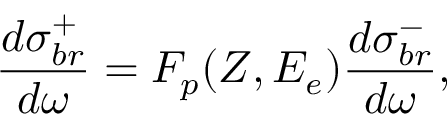
\frac { d \sigma _ { b r } ^ { + } } { d \omega } = F _ { p } ( Z , E _ { e } ) \frac { d \sigma _ { b r } ^ { - } } { d \omega } ,